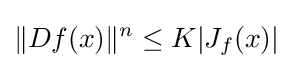
\|Df(x)\|^{n}\leq K|J_{f}(x)|